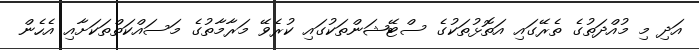
އަދި މި މުއްދަތުގެ ތެރޭގައި އަތޮޅުތަކުގެ ސްޓޭޝަންތަކުގައި ކުރެވޭ މަރާމާތުގެ މަސައްކަތްތަކަށާއި އެހެން